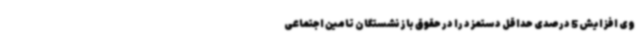
وی افزایش 5 درصدی حداقل دستمزد را در حقوق بازنشستگان تامین اجتماعی